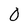
Character: 0